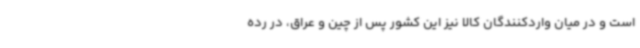
است و در میان واردکنندگان کالا نیز این کشور پس از چین و عراق، در رده